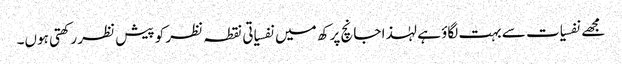
مجھے نفسیات سے بہت لگاؤ ہے لہٰذا جانچ پرکھ میں نفسیاتی نقطہ نظر کو پیش نظر رکھتی ہوں۔